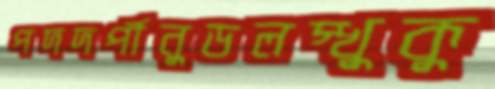
পদদর্পীনুডলস্খুকু